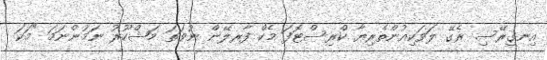
އިނގިރޭސި ރެގޭ ލަވަކިއުންތެރިޔާ ކްރިސްޓޮފަ މެކް ފާރލޭން ނުވަތަ މަޝްހޫރު ނަމުންނަމަ "މަކަ